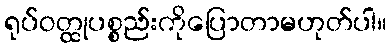
ရုပ်ဝတ္ထုပစ္စည်းကိုပြောတာမဟုတ်ပါ။